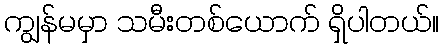
ကျွန်မမှာ သမီးတစ်ယောက် ရှိပါတယ်။